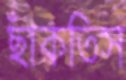
ছাঁকতিস